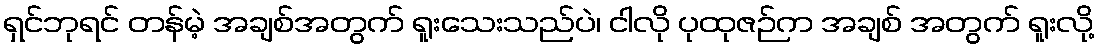
ရှင်ဘုရင် တန်မဲ့ အချစ်အတွက် ရူးသေးသည်ပဲ၊ ငါလို ပုထုဇဉ်က အချစ် အတွက် ရူးလို့